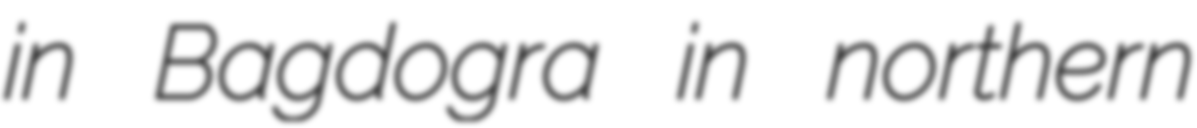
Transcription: in Bagdogra in northern